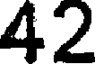
42